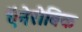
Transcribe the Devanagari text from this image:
ऍनेरोबिक